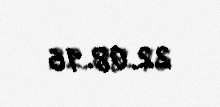
22.08.16